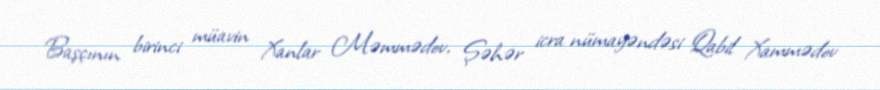
Başçının birinci müavin Xanlar Məmmədov, Şəhər icra nümayəndəsi Qabil Xammədov